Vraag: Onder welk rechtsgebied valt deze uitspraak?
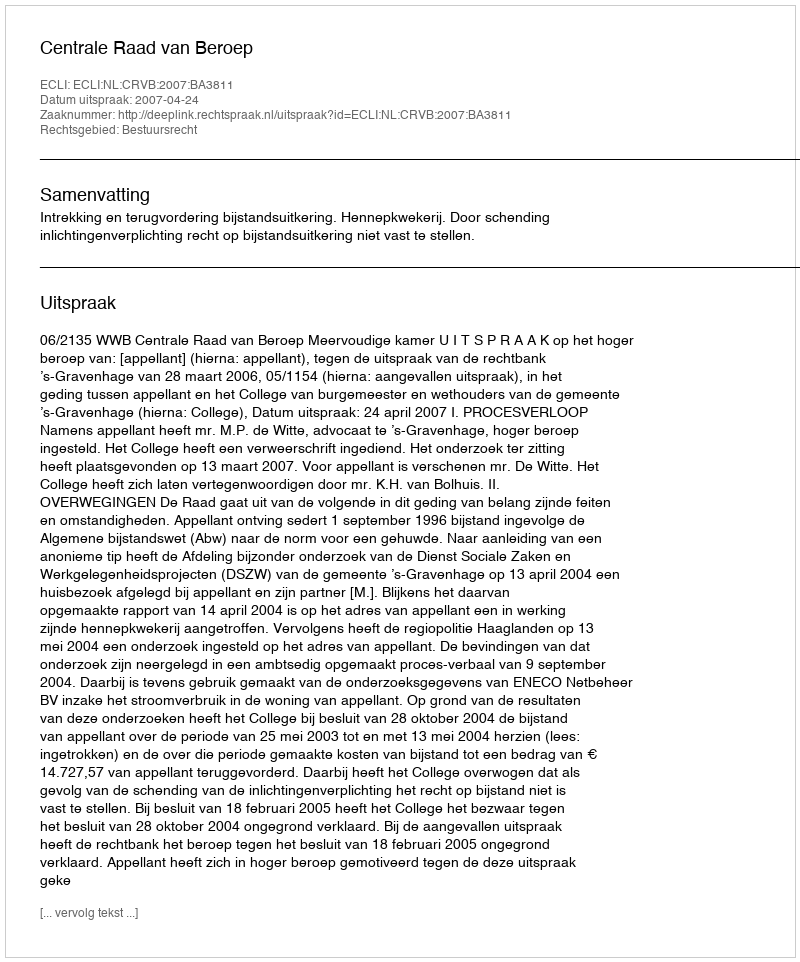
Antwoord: Bestuursrecht